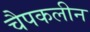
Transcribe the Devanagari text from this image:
चैपकलीन